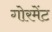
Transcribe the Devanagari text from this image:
गोरमेंट